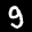
Label: 9